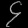
Digit: ၄